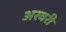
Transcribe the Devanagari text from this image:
अरवरी